Civil Veterinary Department. Central Provinces & Berar 1932-41 - 1932-1941
Year: 1932
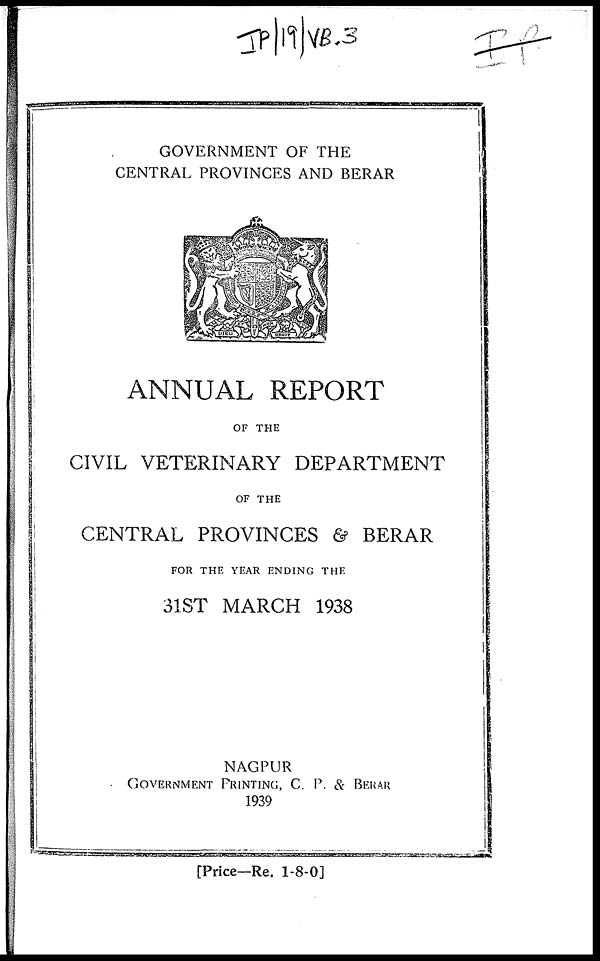
GOVERNMENT OF THE
CENTRAL PROVINCES AND BERAR
ANNUAL REPORT
OF THE
CIVIL VETERINARY DEPARTMENT
OF THE
CENTRAL PROVINCES & BERAR
FOR THE YEAR ENDING THE
31ST MARCH 1938
NAGPUR
GOVERNMENT PRINTING, C. P. & BERAR
1939
[Price—Re. 1-8-0]